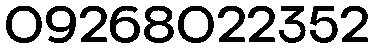
09268022352